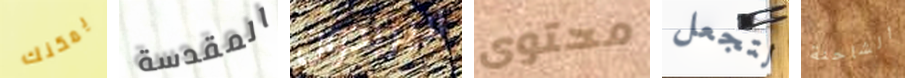
يمكنك المقدسة لايريدون محتوى لتجعل الشاحنة